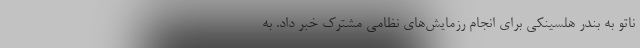
ناتو به بندر هلسینکی برای انجام رزمایش‌های نظامی مشترک خبر داد. به